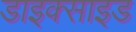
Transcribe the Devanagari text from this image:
डाइक्साइड